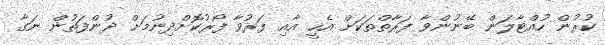
ކުރުން ހުއްޓާލަން ބޭނުންވާ ފަރާތްތަކަށް އެހީ އާއި ފަރުވާ ފޯރުކޮށްދިނުމަށް ދުންފަތުން ނަގާ